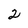
Character: 2